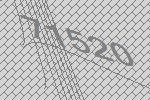
71520